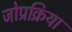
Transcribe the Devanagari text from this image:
जोप्रक्रिया